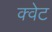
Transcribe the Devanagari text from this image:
क्वेट